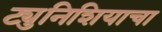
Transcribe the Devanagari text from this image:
ट्युनिशियाचा